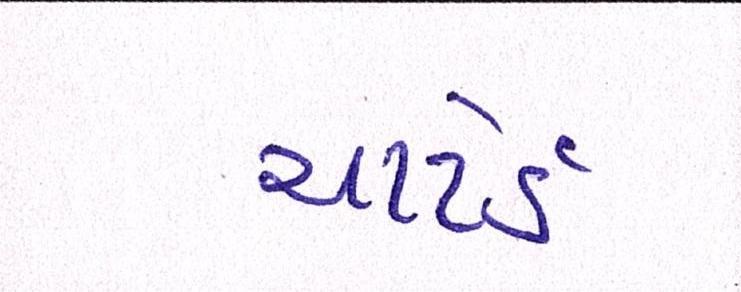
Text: ચાર્ટર્ડ